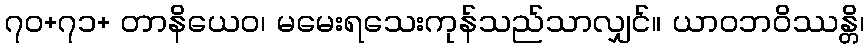
၇၀+၇၁+ တာနိယေဝ၊ မမေးရသေးကုန်သည်သာလျှင်။ ယာဝဘဝိဿန္တိ၊